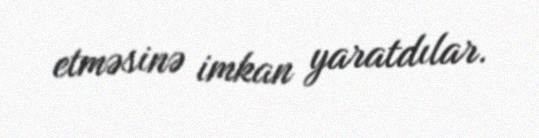
etməsinə imkan yaratdılar.